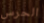
الحرس